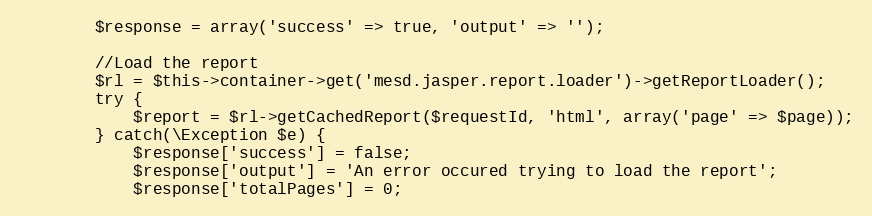
Language: PHP
        $response = array('success' => true, 'output' => '');

        //Load the report
        $rl = $this->container->get('mesd.jasper.report.loader')->getReportLoader();
        try {
            $report = $rl->getCachedReport($requestId, 'html', array('page' => $page));
        } catch(\Exception $e) {
            $response['success'] = false;
            $response['output'] = 'An error occured trying to load the report';
            $response['totalPages'] = 0;